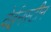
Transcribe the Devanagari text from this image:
वेईनस्टीन